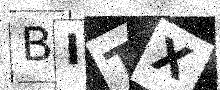
Text: BITX